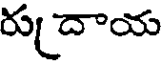
రు దాయ